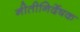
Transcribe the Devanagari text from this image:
नीतीनिर्देषक